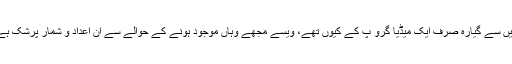
اب اس امر کی وضاحت تو حکومت ہی کر سکتی ہے کہ اس نے صرف پچیس صحافیوں کو کیوں بلایا اور ان میں سے گیارہ صرف ایک میڈیا گرو پ کے کیوں تھے، ویسے مجھے وہاں موجود ہونے کے حوالے سے ان اعداد و شمار پرشک ہے اور بنیادی طور پر افسوس اس بات کا ہے کہ ہم لوگ بطور صحافی ایک سیاسی لڑائی میں فریق بن چکے ہیں۔